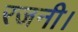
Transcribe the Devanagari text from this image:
रजनी।